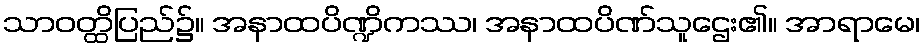
သာဝတ္ထိပြည်၌။ အနာထပိဏ္ဍိကဿ၊ အနာထပိဏ်သူဌေး၏။ အာရာမေ၊